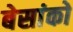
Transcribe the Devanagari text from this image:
बेसांको